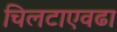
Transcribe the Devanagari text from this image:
चिलटाएवढा